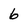
Character: 6